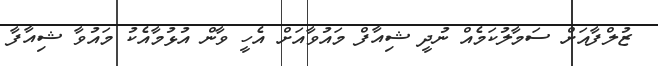
ޒުލްފާއަށް ސަމާލުކަމެއް ނުދީ ޝިއާފް މައުވާއަށް އެހީ ވާން އުޅުމާއެކު މައުވާ ޝިއާފާ